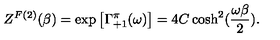
Z ^ { F ( 2 ) } ( \beta ) = \exp \left[ \Gamma _ { + 1 } ^ { \pi } ( \omega ) \right] = 4 C \cosh ^ { 2 } ( { \frac { \omega \beta } { 2 } } ) .